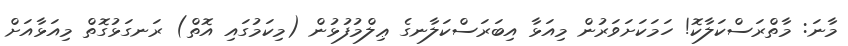
މާނަ: މާތްރަސްކަލާކޮ! ހަމަކަށަވަރުން މިއަޅާ އިބަރަސްކަލާނގެ ޢިލްމުފުޅުން (މިކަމުގައި އޮތް) ރަނގަޅުގޮތް މިއަޅާއަށް